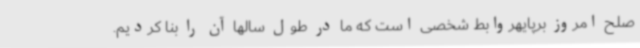
صلح امروز برپایهروابط شخصی است که ما در طول سالها آن را بنا کردیم.